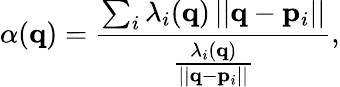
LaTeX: \alpha({\mathbf q})=\frac{\sum_{i}\lambda_{i}({\mathbf q})\, ||{\mathbf q}-{\mathbf p}_{i}||}{\frac{\lambda_{i}({\mathbf q})}{||{\mathbf q}-{\mathbf p}_{i}||}},